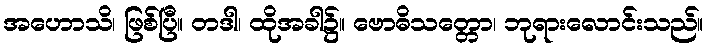
အဟောသိ၊ ဖြစ်ပြီ။ တဒါ၊ ထိုအခါ၌။ ဗောဓိသတ္တော၊ ဘုရားလောင်းသည်။